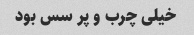
خیلی چرب و پر سس بود